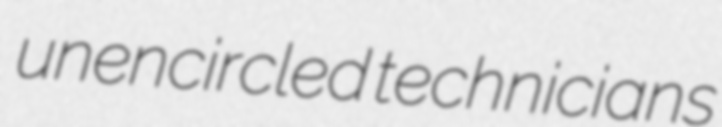
unencircled technicians